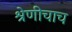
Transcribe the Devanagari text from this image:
श्रेणीचाच